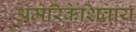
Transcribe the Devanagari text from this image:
अमेरिकेशिवाय